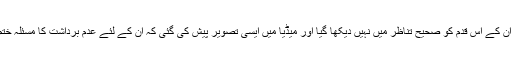
مسٹر بھاردواج نے کہا کہ ان کے اس قدم کو صحیح تناظر میں نہیں دیکھا گیا اور میڈیا میں ایسی تصویر پیش کی گئی کہ ان کے لئے عدم برداشت کا مسئلہ ختم ہو گیا جبکہ ایسا نہیں ہے۔